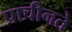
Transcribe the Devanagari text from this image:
प्राचीनते